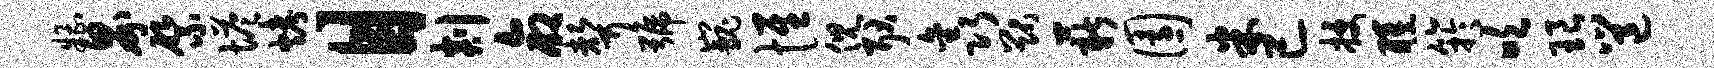
糟界綮塔烤目剡命声号巍惟倪耿鑫猷薪园米已授醺竽吹琅邕